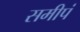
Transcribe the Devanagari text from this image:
समीपं